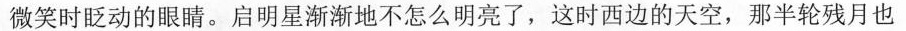
微笑时眨动的眼睛。启明星渐渐地不怎么明亮了，这时西边的天空，那半轮残月也